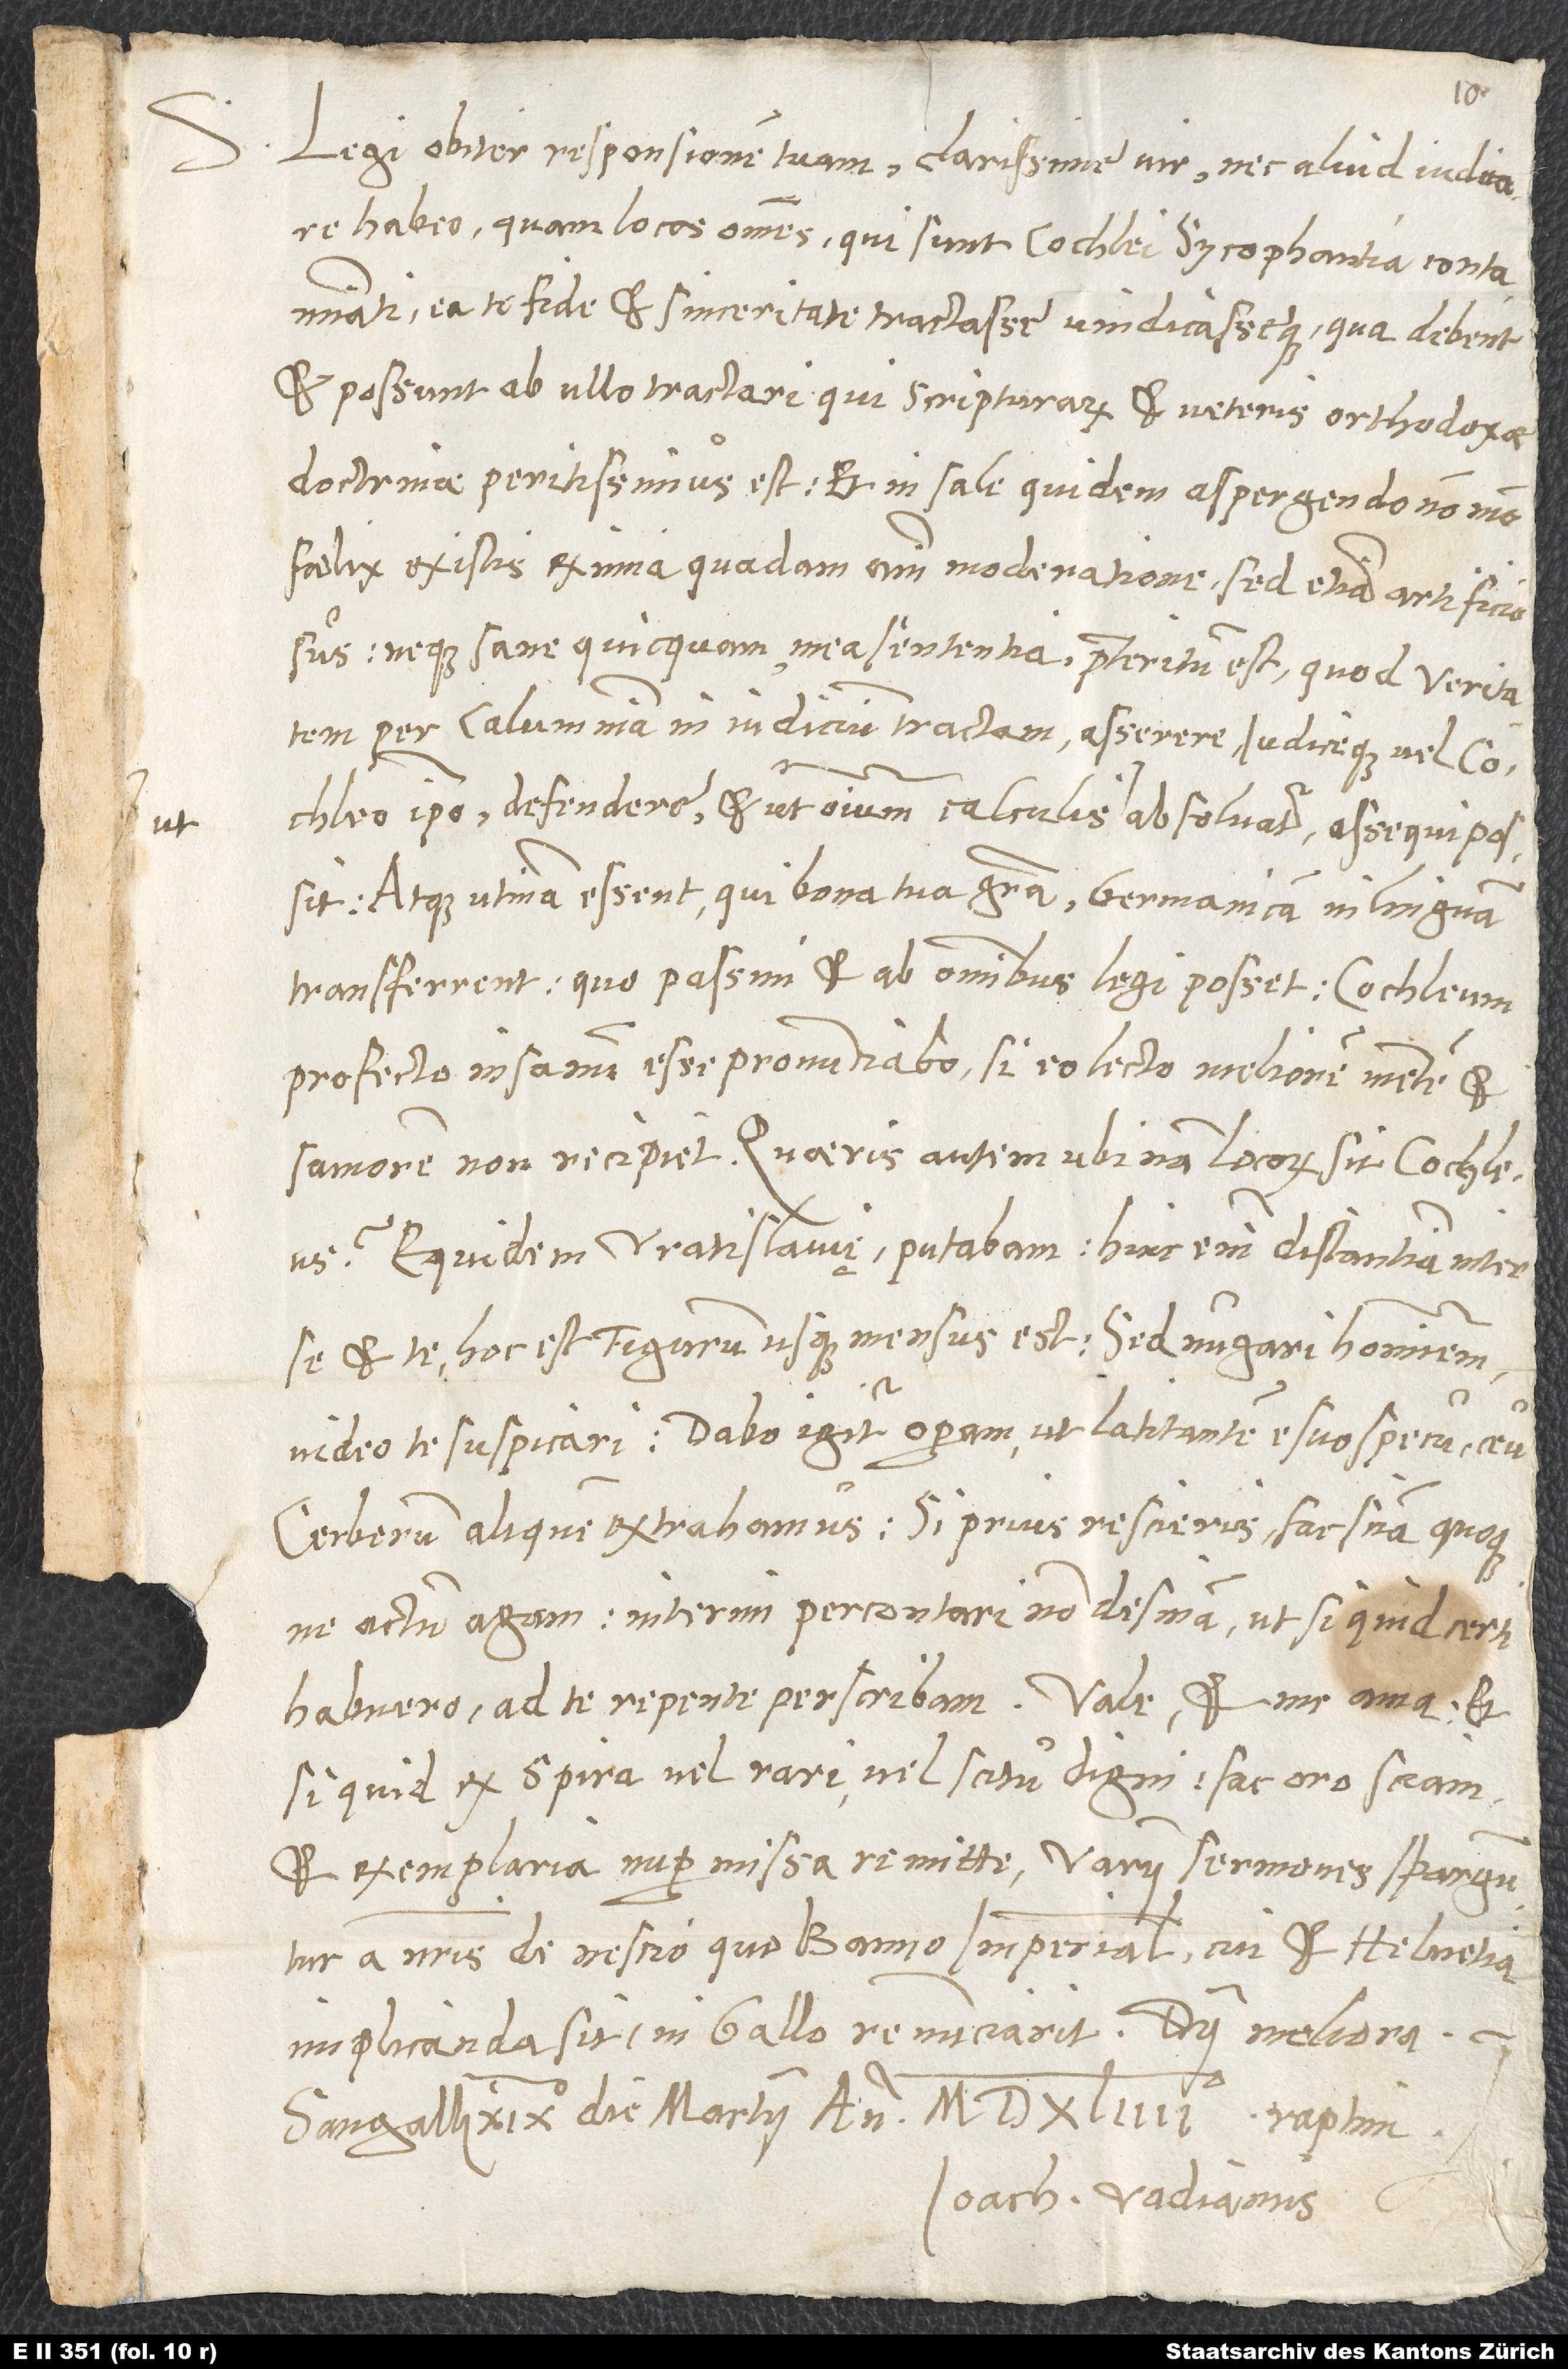
S.
Legi obiter responsionem tuam, clarissime vir, nec aliud indicare
habeo, quam locos omnes, qui sunt Cochlęi sycophantia contaminati,
ea te fide et sinceritate tractasse vindicasseque, qua debent
et possunt ab ullo tractari, qui scripturarum et veteris orthodoxae
doctrinae peritissimus est, et in sale quidem aspergendo non modo
felix existis eximia quadam animi moderatione, sed etiam artificiosus;
neque sane quicquam mea sententia praeteritum est, quod veritatem
per calumniam in iudicium tractam asserere iudiceque vel Cochlęo
ipso defendere et, ut omnium calculis absolvatur, assequi possit.
Atque utinam essent, qui bona tua gratia Germanicam in linguam
transferrent, quo passim et ab omnibus legi posset! Cochlęum
profecto insanum esse pronuntiabo, si eo lecto meliorem mentem et
saniorem non recipiet. Quaeris autem, ubinam locorum sit Cochlęus?
Equidem Vratislavię putabam; hinc enim distantiam inter
se et te, hoc est Tigurum usque, mensus est. Sed nugari hominem
video te suspicari. Dabo igitur operam, ut latitantem e suo specu ceu
cerberum aliquem extrahamus. Si prius rescieris, fac, sciam quoque,
ne actum agam. Interim percontari non desinam, ut, si quid certi
habuero, ad te repente perscribam. Vale et me ama, et
si quid ex Spira vel rari vel scitu digni, fac, oro, sciam,
et exemplaria nuper missa remitte. Varii sermones sparguntur
a nostris de nescio quo banno imperiali, cui et Helvetia
implicanda sit, ni Gallo renuntiarit. Dii meliora!
Ioachimus Vadianus.